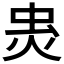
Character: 𧈾